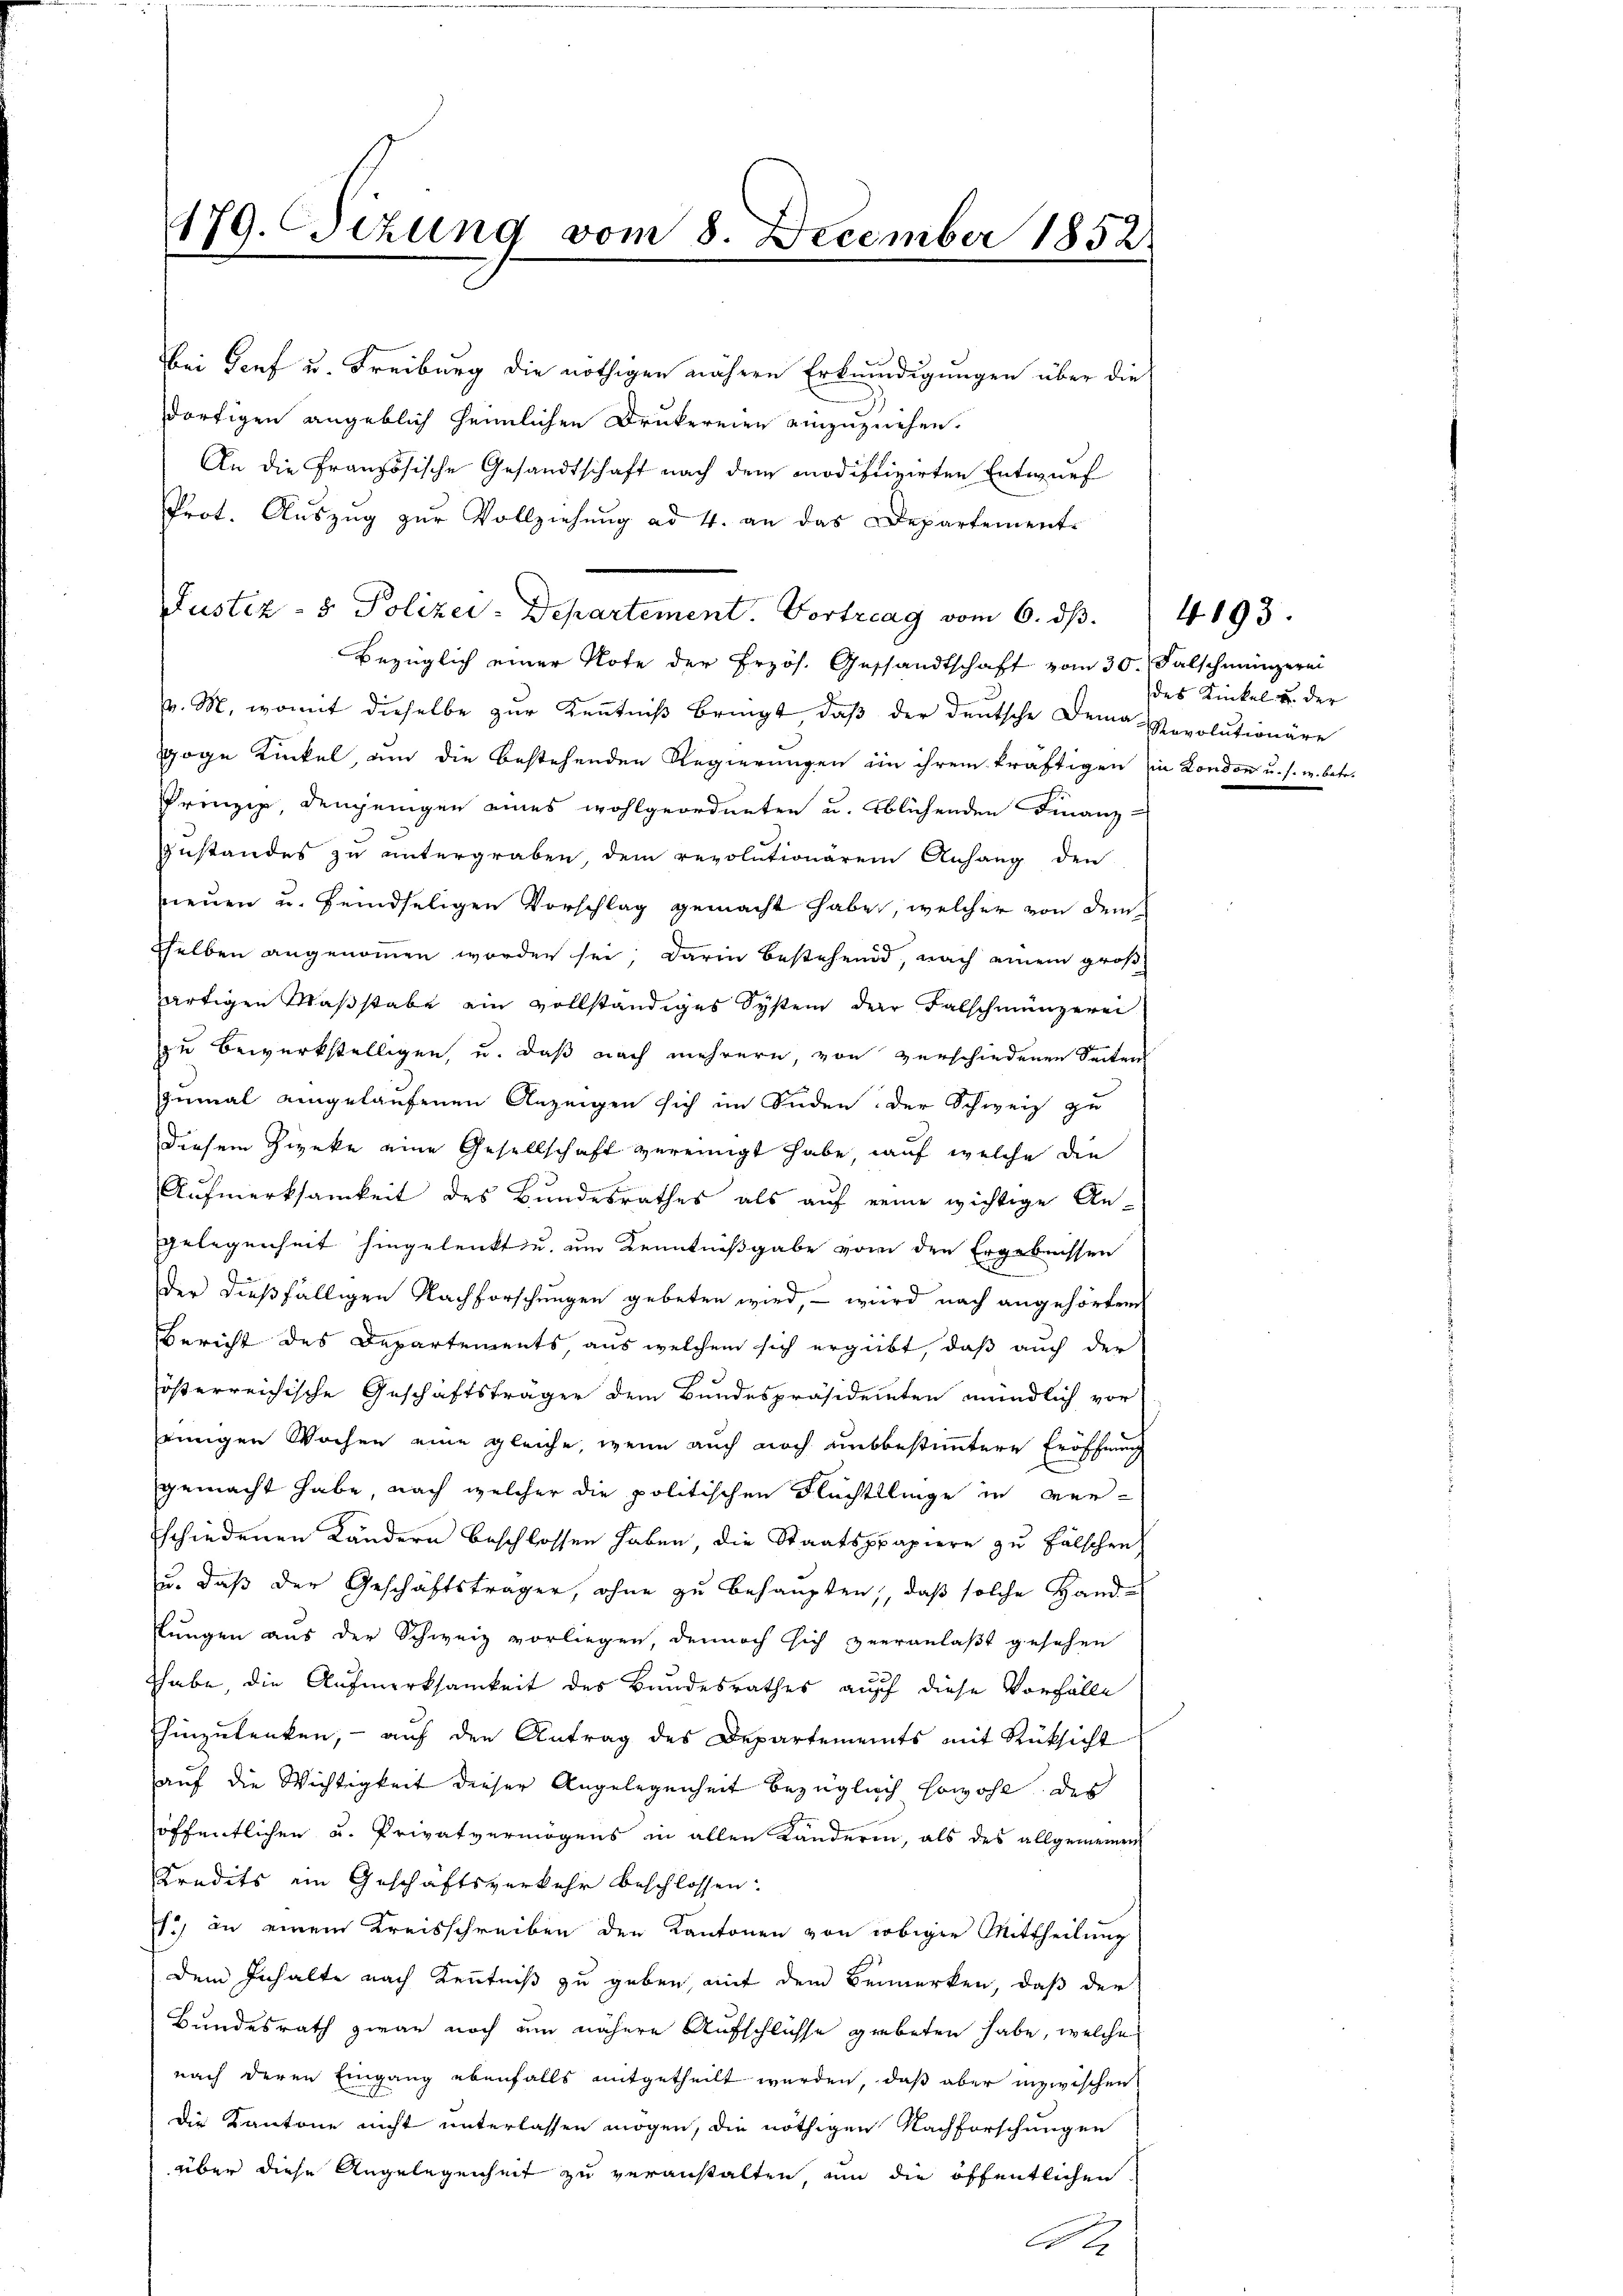
179. Dezung vom 8. December 1852

bei Genf u. Freiburg die nöthigen nähern Erkundigungen über die
dortigen angeblich heimlichen Drukereien einzuziehen.
An die Französische Gesandtschaft nach dem modifizirten Entwurf
Prot. Auszug zur Vollziehung ad 4. an das Departement
Bezüglich einer Note der Erzös. Gesandtschaft vom 30. Falschmünzerei
/. M. womit dieselbe zŭr Keṅtniβ bringt, daβ der deutsche Deine Revolutionäre
goge Kinkel, um die bestehenden Regierungen in ihrem kräftigen in London u. s. w. betr.
Prinzip, demjenigen eines wohlgeordneten u. blichenden Finanz-
Zustandes zu untergraben, dem revolutionärem Anhang den
neuen u. feindseligen Vorschlag gemacht habe, welcher von dem
Eselben angenommen worden sei; darin bestehend, nach einem groß
artigen Maßstabe ein vollständiges System der Falschmünzerei
zu bewerkstelligen, u. daß nach mehrern, von verschiedenen Seitens
zumal eingelaufenen Anzeigen sich im Süden: der Schweiz zu
diesem Zizeke eine Gesellschaft vereinigt habe, auf welche die
Aufmerksamkeit des Bundesrathes als auf eine wichtige An-
Gelegenheit hingelenkt u. um Kenntnißgabe vom den Ergebnissen
der dießfälligen Nachforschungen gebeten wird, – wird nach angehörten
Bericht des Departements, aus welchem sich ergiebt, daß auch der
österreichische Geschäftsträger dem Bundespräsidenten mündlich vor
einigen Wochen eine gleiche, wenn auch noch unbestimmtere Eröffnung
gemacht habe, nach welcher die politischen Flüchtlinge in verschiedenen Kändern beschlossen haben, die Staatsppapiere zu falschen
u. daß der Geschäftsträger, ohne zu behaupten, daß solche Handfungen aus der Schweiz vorliegen, dennoch sich veranlaßt gesehen
Thabe, die Aufmerksamkeit des Bundesrathes auff diese Vorfälle
hinzulenken, - auf den Antrag des Departements mit Rüksicht
auf die Wichtigkeit dieser Angelegenheit bezüglich sowohl des
öffentlichen u. Privatvermögens in allen Känderen, als des allgemeinen
Kredits im Geschäftsverkehr beschlossen:
) an einem Kreisschreiben den Kantonen von obiger Mittheilung
dem Inhalte nach Kenntniß zu geben, mit dem Bemerken, daß der
Bundesrath zwar noch um nähere Aufschlüsse grobeten habe, welche
nach deren Eingang ebenfalls mitgetheilt werden, daß aber inzwischen
die Kantone nicht unterlassen mögen, die nöthigen Nachforschungen
über diese Angelegenheit zu veranstalten, um die öffentlichen
A

Justiz- & Polizei-Departement. Vortrag vom 6. dβ.

des Kinkel u. der

4193.